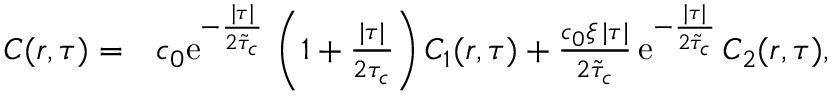
\begin{array} { r l } { C ( r , \tau ) = } & { c _ { 0 } \mathrm { e } ^ { - \frac { \lvert \tau \rvert } { 2 \tilde { \tau } _ { c } } } \, \left( 1 + \frac { \lvert \tau \rvert } { 2 \tau _ { c } } \right) C _ { 1 } ( r , \tau ) + \frac { c _ { 0 } \xi \, \lvert \tau \rvert } { 2 \tilde { \tau } _ { c } } \, \mathrm { e } ^ { - \frac { \lvert \tau \rvert } { 2 \tilde { \tau } _ { c } } } \, C _ { 2 } ( r , \tau ) , } \end{array}